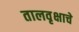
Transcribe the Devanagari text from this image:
तालवृक्षाचे